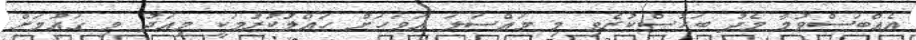
އެއްބަސްވުމާ މެދު ބަހުސްކުރެވި މި މައްސަލަ އަވަހަށް ހައްލުކުރުމަކީ މިއަދު މި ގައުމަށް